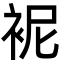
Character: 䘦